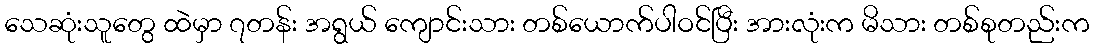
သေဆုံးသူတွေ ထဲမှာ ၇တန်း အရွယ် ကျောင်းသား တစ်ယောက်ပါဝင်ပြီး အားလုံးက မိသား တစ်စုတည်းက